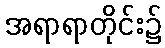
အရာရာတိုင်း၌